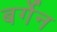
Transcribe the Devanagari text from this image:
बर्गेन